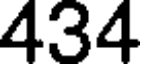
434